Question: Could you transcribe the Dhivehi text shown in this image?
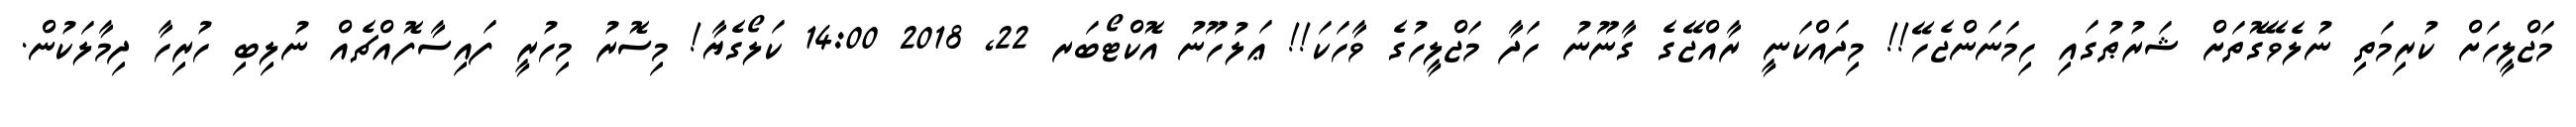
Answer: މަޖްލީހަށް ކުރިމަތި ނުލެވޭގޮތަށް ޝަރުޠުގައި ހިމަނަންޖެހޭ!! މިދައްކަނީ ރާއްޖޭގެ ގާނޫނު ހަދާ މަޖްލީހުގެ ވާހަކަ!! ޢަލުހޫނު އޮކްޓޯބަރ 22, 2018 14:00 ކަލޯގެޔާ! މިސޮރު މިހުރީ ފައިސާފޮއްޗެއް ނުލިބި ހުރިހާ ދިމާލަކުން.